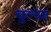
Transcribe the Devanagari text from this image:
बुल्व्ज़